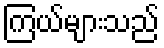
ကြယ်များသည်